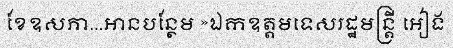
ខែឧសភា...អានបន្ថែម »ឯកឧត្តមទេសរដ្ឋមន្ត្រី អៀង